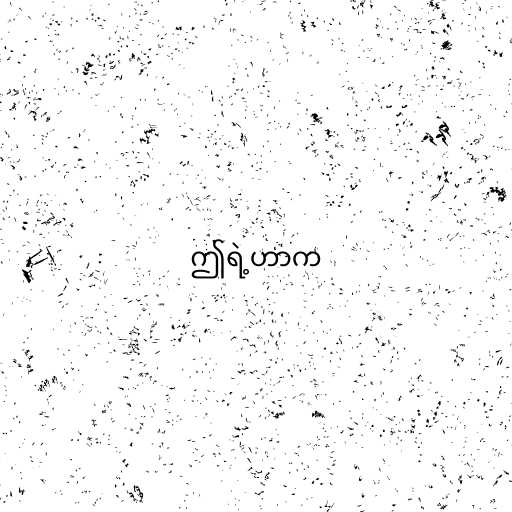
ဤရဲ့ဟာက